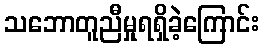
သဘောတူညီမှုရရှိခဲ့ကြောင်း